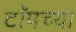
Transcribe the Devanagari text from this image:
टाॅपच्या